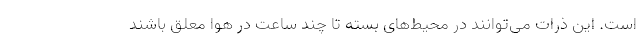
است. این ذرات می‌توانند در محیط‌های بسته تا چند ساعت در هوا معلق باشند